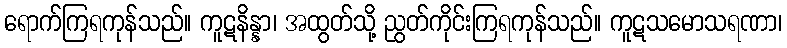
ရောက်ကြရကုန်သည်။ ကူဋနိန္နာ၊ အထွတ်သို့ ညွတ်ကိုင်းကြရကုန်သည်။ ကူဋသမောသရဏာ၊